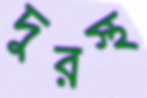
দুরস্থ